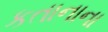
કતાનાના